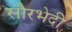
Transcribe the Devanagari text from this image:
सौरभेदी